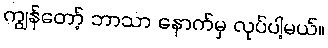
ကျွန်တော့် ဘာသာ နောက်မှ လုပ်ပါ့မယ်။